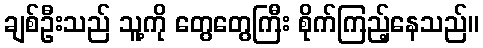
ချစ်ဦးသည် သူ့ကို တွေတွေကြီး စိုက်ကြည့်နေသည်။